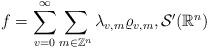
LaTeX: \begin{align*}f=\sum\limits_{v=0}^{\infty }\sum\limits_{m\in \mathbb{Z}^{n}}\lambda_{v,m}\varrho _{v,m},\mathcal{S}^{\prime }(\mathbb{R}^{n}) \end{align*}